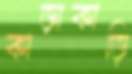
কাড়াকাড়ি